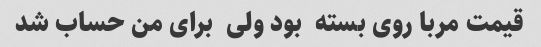
قیمت مربا روی بسته  بود ولی  برای من حساب شد